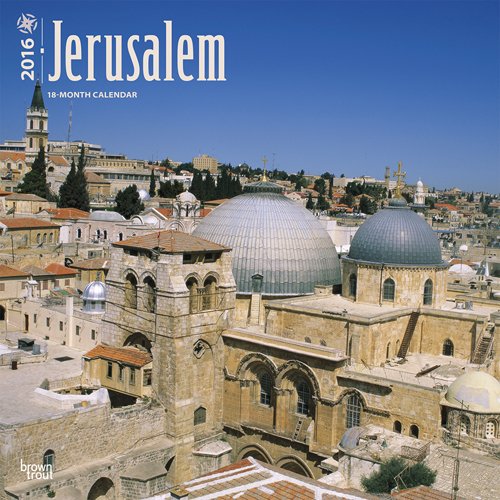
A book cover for Jerusalem 2016 Square 12x12 (Multilingual Edition); Browntrout Publishers; Travel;